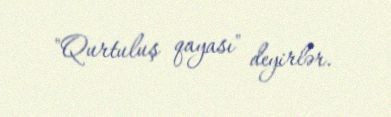
"Qurtuluş qayası" deyirlər.